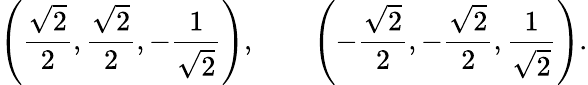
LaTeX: \left({\frac{\sqrt{2}}{2}},{\frac{\sqrt{2}}{2}},-{\frac{1}{\sqrt{2}}}\right),\qquad\left(-{\frac{\sqrt{2}}{2}},-{\frac{\sqrt{2}}{2}},{\frac{1}{\sqrt{2}}}\right).